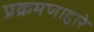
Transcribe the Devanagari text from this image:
प्रक्रमणाद्वारे